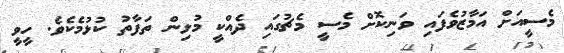
މެސީއަށް އަމާޒުވެފައި ވަނިކޮށް މެސީ މެޗުގައި ދެއްކީ މުޅިން ތަފާތު ކުޅުމެކެވެ. ހީވީ